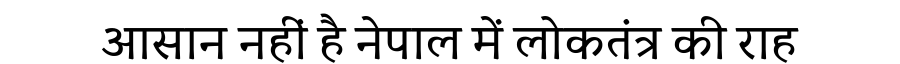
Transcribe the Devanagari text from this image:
आसान नहीं है नेपाल में लोकतंत्र की राह